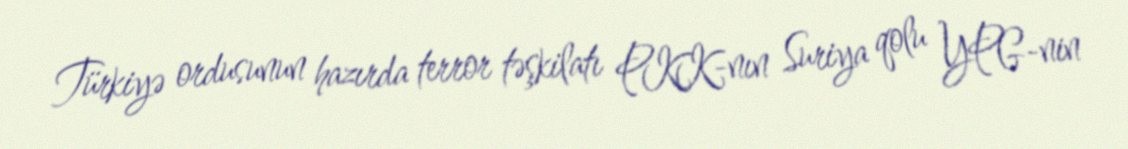
Türkiyə ordusunun hazırda terror təşkilatı PKK-nın Suriya qolu YPG-nin